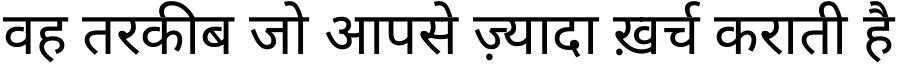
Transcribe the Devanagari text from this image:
वह तरकीब जो आपसे ज़्यादा ख़र्च कराती है